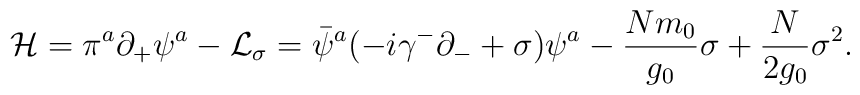
{\cal H}=\pi^a\partial_+\psi^a-{\cal L}_{\sigma}=\bar \psi^a(-i\gamma^-\partial_-+\sigma)\psi^a-{Nm_0 \over g_0}\sigma+{N \over 2g_0}\sigma^2.